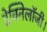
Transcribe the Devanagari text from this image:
टेक्निलॉजी।